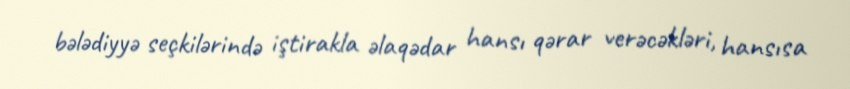
bələdiyyə seçkilərində iştirakla əlaqədar hansı qərar verəcəkləri, hansısa